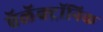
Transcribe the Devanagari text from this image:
ऍलॅक्ट्रॉनिक